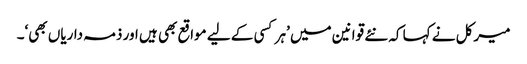
میرکل نے کہا کہ نئے قوانین میں ’ہر کسی کے لیے مواقع بھی ہیں اور ذمہ داریاں بھی‘۔